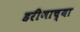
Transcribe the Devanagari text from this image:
हरीणाच्या